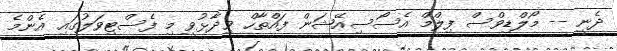
ދެނީ -- މޯލްޑިވްސް ފިލްމް އެސޯސިއޭޝަން ފައްތާހް ވިދާޅުވީ މި ފެސްޓިވަލުގައި އެންމެ